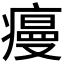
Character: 𭼡